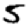
Digit: 5